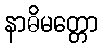
နာဓိမတ္တော